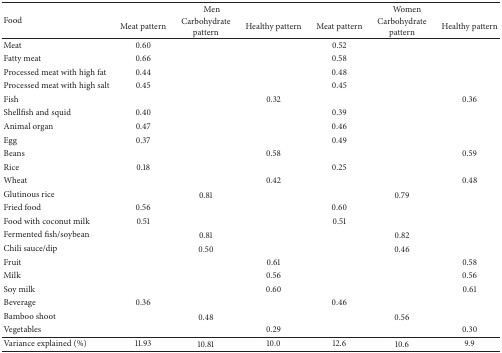
<table><thead><tr><td rowspan="2"><b>Food </b></td><td colspan="3"><b>Men</b></td><td colspan="3"><b>Women</b></td></tr><tr><td><b>Meat pattern</b></td><td><b>Carbohydrate pattern</b></td><td><b>Healthy pattern</b></td><td><b>Meat pattern</b></td><td><b>Carbohydrate pattern</b></td><td><b>Healthy pattern</b></td></tr></thead><tbody><tr><td>Meat</td><td>0.60</td><td> </td><td> </td><td>0.52</td><td> </td><td> </td></tr><tr><td>Fatty meat</td><td>0.66</td><td> </td><td> </td><td>0.58</td><td> </td><td> </td></tr><tr><td>Processed meat with high fat</td><td>0.44</td><td> </td><td> </td><td>0.48</td><td> </td><td> </td></tr><tr><td>Processed meat with high salt</td><td>0.45</td><td> </td><td> </td><td>0.45</td><td> </td><td> </td></tr><tr><td>Fish</td><td> </td><td> </td><td>0.32</td><td> </td><td> </td><td>0.36</td></tr><tr><td>Shellfish and squid</td><td>0.40</td><td> </td><td> </td><td>0.39</td><td> </td><td> </td></tr><tr><td>Animal organ</td><td>0.47</td><td> </td><td> </td><td>0.46</td><td> </td><td> </td></tr><tr><td>Egg</td><td>0.37</td><td> </td><td> </td><td>0.49</td><td> </td><td> </td></tr><tr><td>Beans</td><td> </td><td> </td><td>0.58</td><td> </td><td> </td><td>0.59</td></tr><tr><td>Rice</td><td>0.18</td><td> </td><td> </td><td>0.25</td><td> </td><td> </td></tr><tr><td>Wheat</td><td> </td><td> </td><td>0.42</td><td> </td><td> </td><td>0.48</td></tr><tr><td>Glutinous rice</td><td> </td><td>0.81</td><td> </td><td> </td><td>0.79</td><td> </td></tr><tr><td>Fried food</td><td>0.56</td><td> </td><td> </td><td>0.60</td><td> </td><td> </td></tr><tr><td>Food with coconut milk</td><td>0.51</td><td> </td><td> </td><td>0.51</td><td> </td><td> </td></tr><tr><td>Fermented fish/soybean</td><td> </td><td>0.81</td><td> </td><td> </td><td>0.82</td><td> </td></tr><tr><td>Chili sauce/dip</td><td> </td><td>0.50</td><td> </td><td> </td><td>0.46</td><td> </td></tr><tr><td>Fruit</td><td> </td><td> </td><td>0.61</td><td> </td><td> </td><td>0.58</td></tr><tr><td>Milk</td><td> </td><td> </td><td>0.56</td><td> </td><td> </td><td>0.56</td></tr><tr><td>Soy milk</td><td> </td><td> </td><td>0.60</td><td> </td><td> </td><td>0.61</td></tr><tr><td>Beverage</td><td>0.36</td><td> </td><td> </td><td>0.46</td><td> </td><td> </td></tr><tr><td>Bamboo shoot</td><td> </td><td>0.48</td><td> </td><td> </td><td>0.56</td><td> </td></tr><tr><td>Vegetables</td><td> </td><td> </td><td>0.29</td><td> </td><td> </td><td>0.30</td></tr><tr><td>Variance explained (%)</td><td>11.93</td><td>10.81</td><td>10.0</td><td>12.6</td><td>10.6</td><td>9.9</td></tr></tbody></table>